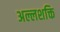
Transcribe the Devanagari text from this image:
अल्लशक्ति